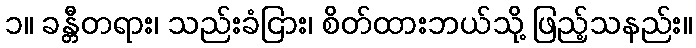
၁။ ခန္တီတရား၊ သည်းခံငြား၊ စိတ်ထားဘယ်သို့ ဖြည့်သနည်း။